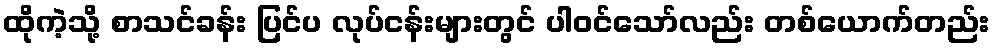
ထိုကဲ့သို့ စာသင်ခန်း ပြင်ပ လုပ်ငန်းများတွင် ပါဝင်သော်လည်း တစ်ယောက်တည်း